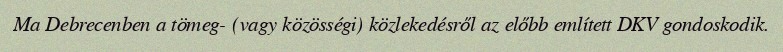
Ma Debrecenben a tömeg- (vagy közösségi) közlekedésről az előbb említett DKV gondoskodik.